Lunatic asylums Central Provinces reports 1895-1909 - 1895-1909
Year: 1895
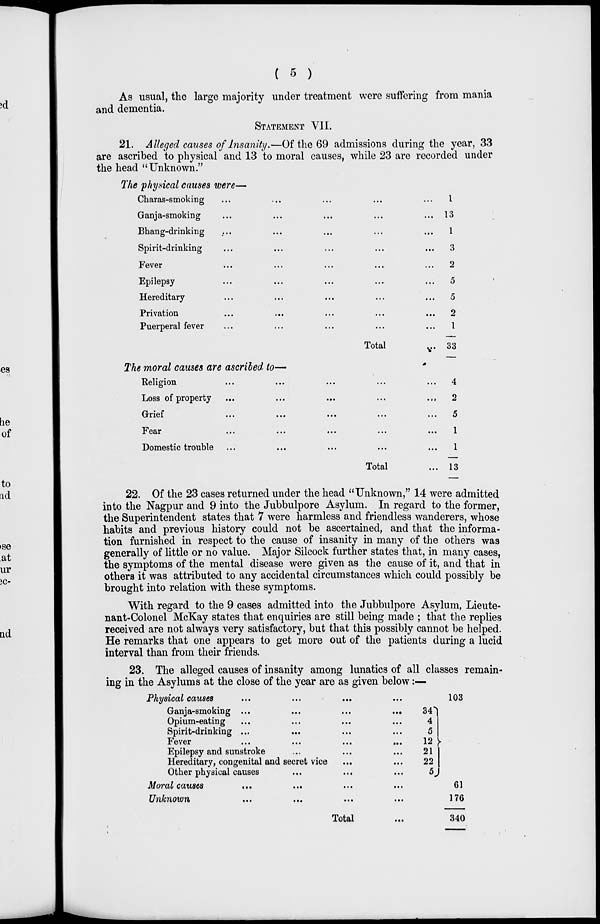
( 5 )
As usual, the large majority under treatment were suffering from mania
and dementia.
STATEMENT VII.
21. Alleged causes of Insanity.—Of the 69 admissions during the year, 33
are ascribed to physical and 13 to moral causes, while 23 are recorded under
the head " Unknown."
The physical causes were—
Charas-smoking ... ... ... ... ... ...
Ganja-smoking ... ... ... ... ... ...
Bhang-drinking ... ... ... ... ... ...
Spirit-drinking ... ... ... ... ... ...
Fever ... ... ... ... ... ...
Epilepsy ... ... ... ... ... ...
Hereditary ... ... ... ... ... ...
Privation ... ... ... ... ... ...
Puerperal fever ... ... ... ... ... ...
Total ...
The moral causes are ascribed to—
Religion ... ... ... ... ... ...
Loss of property ... ... ... ... ... ...
Grief
...
...
...
...
...
...
Fear
...
...
...
...
...
...
Domestic trouble ... ... ... ... ... ...
Total ...
1
13
1
3
2
5
5
2
1
33
4
2
5
1
1
13
22. Of the 23 cases returned under the head "Unknown," 14 were admitted
into the Nagpur and 9 into the Jubbulpore Asylum. In regard to the former,
the Superintendent states that 7 were harmless and friendless wanderers, whose
habits and previous history could not be ascertained, and that the informa-
tion furnished in respect to the cause of insanity in many of the others was
generally of little or no value. Major Silcock further states that, in many cases,
the symptoms of the mental disease were given as the cause of it, and that in
others it was attributed to any accidental circumstances which could possibly be
brought into relation with these symptoms.
With regard to the 9 cases admitted into the Jubbulpore Asylum, Lieute-
nant-Colonel McKay states that enquiries are still being made ; that the replies
received are not always very satisfactory, but that this possibly cannot be helped.
He remarks that one appears to get more out of the patients during a lucid
interval than from their friends.
23. The alleged causes of insanity among lunatics of all classes remain-
ing in the Asylums at the close of the year are as given below:—
Physical causes
...
...
...
...
Ganja-smoking ...
...
...
...
Opium-eating ... ... ... ...
Spirit-drinking ... ... ... ... ...
Fever
...
...
...
...
Epilepsy and sunstroke ... ... ...
Hereditary, congenital and secret vice ... ...
Other physical causes ... ... ...
Moral causes ... ... ... ...
Unknown ... ... ... ...
Total ...
34
4
5
12
21
22
5
103
61
176
340